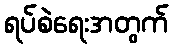
ရပ်စဲရေးအတွက်